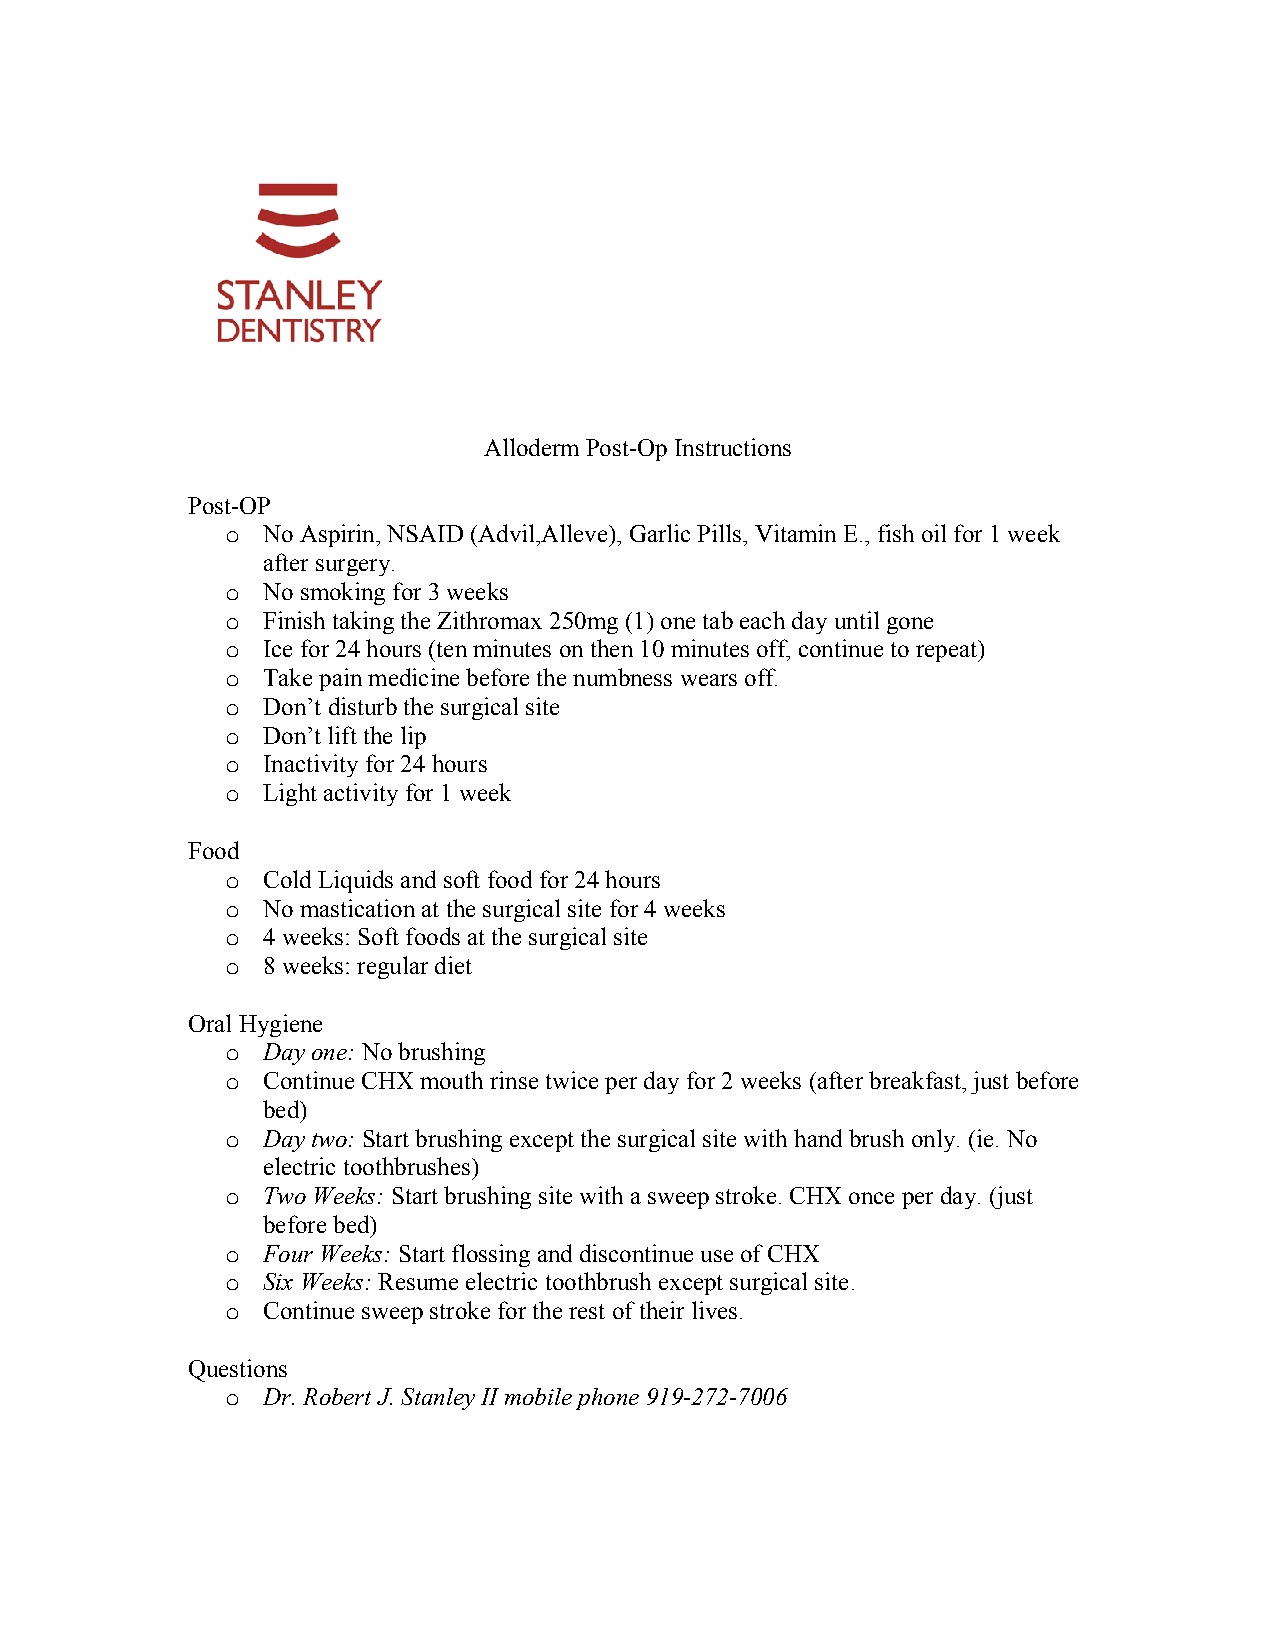
Alloderm Post-Op Instructions
 Post-OP
 o No Aspirin, NSAID (Advil,Alleve), Garlic Pills, Vitamin E., fish oil for 1 week
 after surgery.
 o No smoking for 3 weeks
 o Finish taking the Zithromax 250mg (1) one tab each day until gone
 o Ice for 24 hours (ten minutes on then 10 minutes off, continue to repeat)
 o Take pain medicine before the numbness wears off.
 o Don’t disturb the surgical site
 o Don’t lift the lip
 o Inactivity for 24 hours
 o Light activity for 1 week
 Food
 o Cold Liquids and soft food for 24 hours
 o No mastication at the surgical site for 4 weeks
 o 4 weeks: Soft foods at the surgical site
 o 8 weeks: regular diet
 Oral Hygiene
 o Day one: No brushing
 o Continue CHX mouth rinse twice per day for 2 weeks (after breakfast, just before
 bed)
 o Day two: Start brushing except the surgical site with hand brush only. (ie. No
 electric toothbrushes)
 o Two Weeks: Start brushing site with a sweep stroke. CHX once per day. (just
 before bed)
 o Four Weeks: Start flossing and discontinue use of CHX
 o Six Weeks: Resume electric toothbrush except surgical site.
 o Continue sweep stroke for the rest of their lives.
 Questions
 o Dr. Robert J. Stanley II mobile phone 919-272-7006